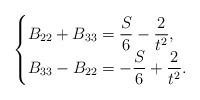
LaTeX: \begin{align*}\begin{cases}B_{22}+B_{33}=\dfrac{S}{6}-\dfrac{2}{t^2},\\B_{33}-B_{22}=-\dfrac{S}{6}+\dfrac{2}{t^2}.\end{cases}\end{align*}